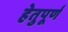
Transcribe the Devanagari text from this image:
हेतुपूर्ण